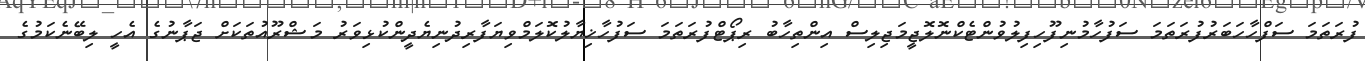
ފުރަތަމަ ސަފްހާހަބަރުފުރަތަމަ ސަފުހާމުނިފޫހިފިލުވުންޓެކްނޮލޮޖީމަޖިލިސް އިންތިހާބު ރިޕޯޓްފުރަތަމަ ސަފުހާޚިޔާލުކޮލަމްވިޔަފާރިދުނިޔެދީންކުޅިވަރު މަޝްރޫއުތަކަށް ޖަޕާނުގެ އެހީ ލިބޭނެކަމުގެ